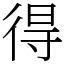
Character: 得